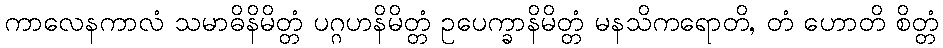
ကာလေနကာလံ သမာဓိနိမိတ္တံ ပဂ္ဂဟနိမိတ္တံ ဥပေက္ခာနိမိတ္တံ မနသိကရောတိ, တံ ဟောတိ စိတ္တံ